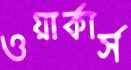
ওয়ার্কার্স